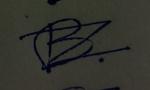
Signature authenticity: forged